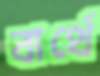
বার্থে